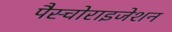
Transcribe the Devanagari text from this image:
पैस्चोराइजेशन